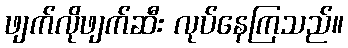
ဖျက်လိုဖျက်ဆီး လုပ်နေကြသည်။